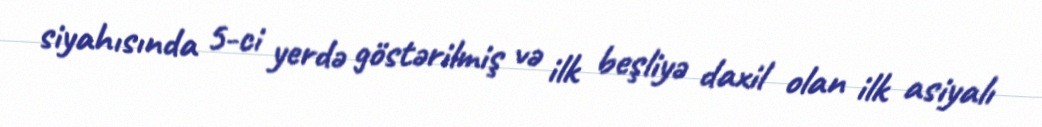
siyahısında 5-ci yerdə göstərilmiş və ilk beşliyə daxil olan ilk asiyalı